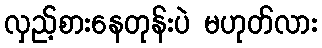
လှည့်စားနေတုန်းပဲ မဟုတ်လား